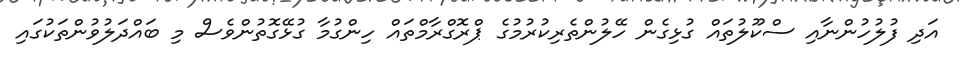
އަދި ފުލުހުންނާއި ސްކޫލުތައް ގުޅިގެން ހޭލުންތެރިކުރުމުގެ ޕްރޮގްރާމްތައް ހިންގުމާ ގުޅޭގޮތުންވެސް މި ބައްދަލުވުންތަކުގައި